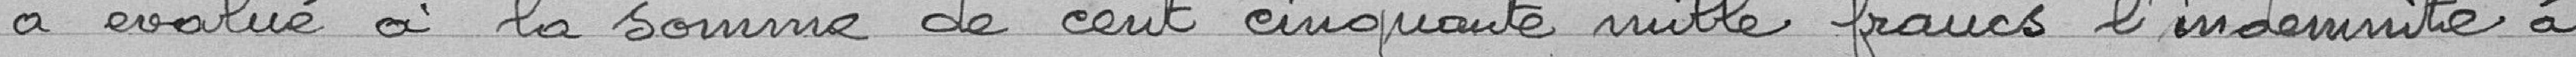
a évalué à la somme de cent cinquante mille francs l'indemnité à